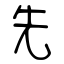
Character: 先